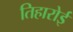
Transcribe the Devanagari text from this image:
तिहारोई